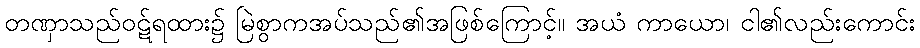
တဏှာသည်ဝဋ်ရထား၌ မြဲစွာကအပ်သည်၏အဖြစ်ကြောင့်။ အယံ ကာယော၊ ငါ၏လည်းကောင်း